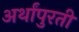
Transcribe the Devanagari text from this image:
अर्थांपुरती